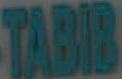
TABIB